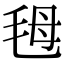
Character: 𣭇